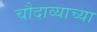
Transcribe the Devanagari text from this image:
चौदाव्याच्या